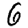
Digit: 6